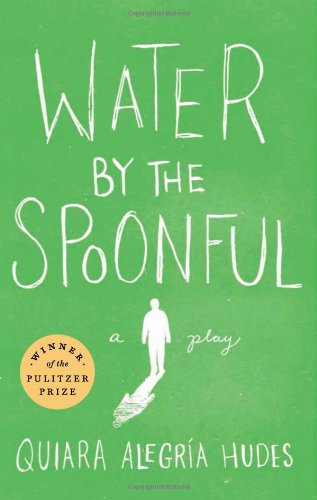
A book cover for Water by the Spoonful; Quiara AlegrÃ­a Hudes; Literature & Fiction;